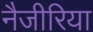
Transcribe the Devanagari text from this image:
नैजीरिया